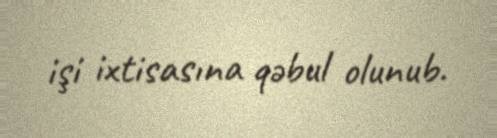
işi ixtisasına qəbul olunub.